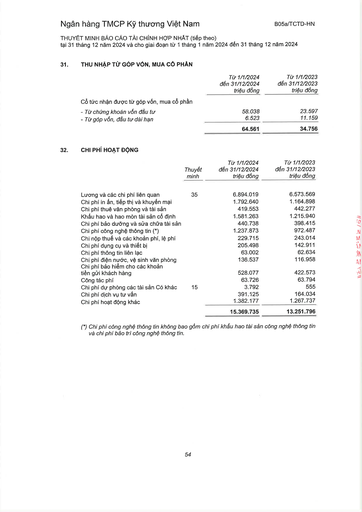
||Từ 1/1/2024 đến 31/12/2024 triệu đồng|Từ 1/1/2023 đến 31/12/2023 triệu đồng| |---|---|---| |Cổ tức nhận được từ góp vốn, mua cổ phần||| |Từ chứng khoán vốn đầu tư|58.038|23.597| |Từ góp vốn, đầu tư dài hạn|6.523|11.159| ||64.561|34.756| ||Thuyết minh|Từ 1/1/2024 đến 31/12/2024 triệu đồng|Từ 1/1/2023 đến 31/12/2023 triệu đồng| |---|---|---|---| |Lương và các chi phí liên quan|35|6.894.019|6.573.569| |Chi phí in ấn, tiếp thị và khuyến mãi||1.792.640|1.164.898| |Chi phí thuê văn phòng và tài sản||419.553|442.277| |Khấu hao và hao mòn tài sản cố định||1.581.263|1.215.940| |Chi phí bảo dưỡng và sửa chữa tài sản||440.738|398.415| |Chi phí công nghệ thông tin (*)||1.237.873|972.487| |Chi nộp thuế và các khoản phí, lệ phí||229.715|243.014| |Chi phí dụng cụ và thiết bị||205.498|142.911| |Chi phí thông tin liên lạc||63.002|62.634| |Chi phí điện nước vệ sinh văn phòng||136.537|116.958| |Chi phí bảo hiểm cho các khoản tiền gửi khách hàng||528.077|422.573| |Công tác phí||63.726|63.794| |Chi phí dự phòng các tài sản có khác|15|3.792|555| |Chi phí dịch vụ tư vấn||391.125|164.034| |Chi phí hoạt động khác||1.382.177|1.267.737| |||15.369.735|13.251.796|